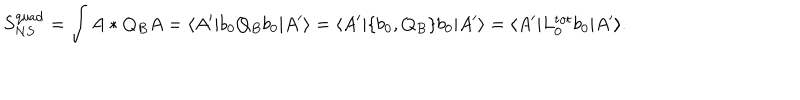
S _ { N S } ^ { \mathrm { q u a d } } = \int A * Q _ { B } A = \langle A ^ { \prime } | b _ { 0 } Q _ { B } b _ { 0 } | A ^ { \prime } \rangle = \langle A ^ { \prime } | \{ b _ { 0 } , Q _ { B } \} b _ { 0 } | A ^ { \prime } \rangle = \langle A ^ { \prime } | L _ { 0 } ^ { \mathrm { t o t } } b _ { 0 } | A ^ { \prime } \rangle .